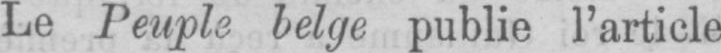
Le Peuple belge publie l’article